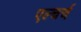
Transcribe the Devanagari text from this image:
एल्चर्च